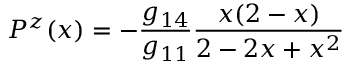
P ^ { z } ( x ) = - \frac { g _ { 1 4 } } { g _ { 1 1 } } \frac { x ( 2 - x ) } { 2 - 2 x + x ^ { 2 } }